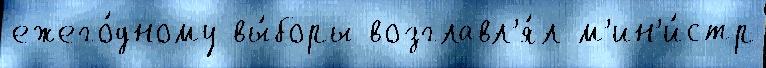
ежего́дному вы́боры возглавл'я́л м'ин'и́стр